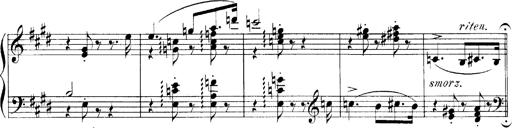
Title: LiebestrÃ¤ume
Composer: Franz Behr
Key: E-flat major